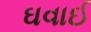
ઘવાઈ